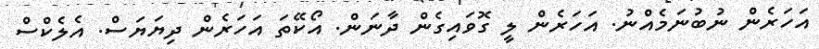
އަހަރެން ނުބުނަމެއްނު. އަހަރެން ލީ ގޮވައިގެން ދާނަން. އޯކޭތަ އަހަރެން ދިޔަޔަސް. އެލެކްސް